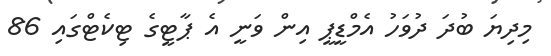
މިދިޔަ ބުދަ ދުވަހު އެމްޑީޕީ އިން ވަނީ އެ ޕާޓީގެ ޓިކެޓްގައި 86